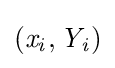
{\mathit {(x_{i},Y_{i})}}